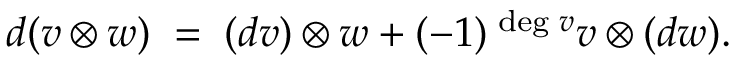
d ( v \otimes w ) \; = \; ( d v ) \otimes w + ( - 1 ) ^ { \mathrm { \tiny ~ d e g \ } v } v \otimes ( d w ) .